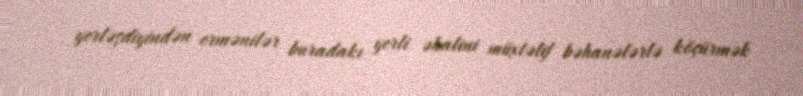
yerləşdiyindən ermənilər buradakı yerli əhalini müxtəlif bəhanələrlə köçürmək